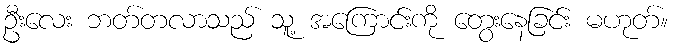
ဦးလေး ဘတ်တလာသည် သူ့ အကြောင်းကို တွေးနေခြင်း မဟုတ်။